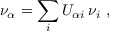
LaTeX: \nu _ { \alpha } = \sum _ { i } U _ { \alpha i } \, \nu _ { i } \ ,